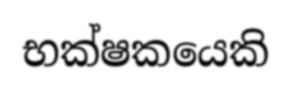
භක්ෂකයෙකි